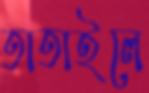
তাতাইলে